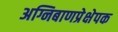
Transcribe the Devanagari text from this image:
अग्निबाणप्रेक्षेपक